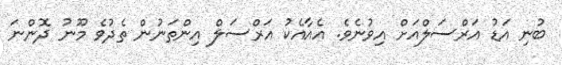
ބުނި އަޑު އަރްސަލްއަށް އިވުނެވެ. އެއާއެކު އަރްސަލް އިންތަނުން ތެދުވެ މޫނު ދޮންނަ